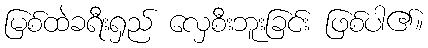
မြစ်ထဲခရီးရှည် လှေစီးဘူးခြင်း ဖြစ်ပါ၏။